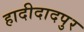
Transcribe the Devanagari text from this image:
हादीदादपुर